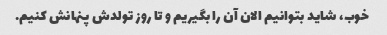
خوب، شاید بتوانیم الان آن را بگیریم و تا روز تولدش پنهانش کنیم.